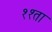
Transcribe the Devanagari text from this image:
११ता